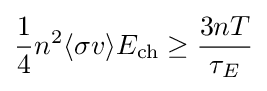
{\frac {1}{4}}n^{2}\langle \sigma v\rangle E_{\rm {ch}}\geq {\frac {3nT}{\tau _{E}}}